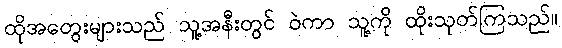
ထိုအတွေးများသည် သူ့အနီးတွင် ဝဲကာ သူ့ကို ထိုးသုတ်ကြသည်။